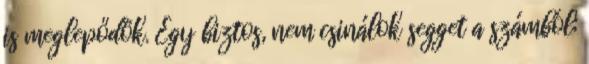
is meglepődök. Egy biztos, nem csinálok segget a számból;